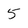
Character: 5